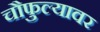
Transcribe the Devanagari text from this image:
चौफुल्यावर